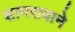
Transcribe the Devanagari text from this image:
शामरावाने